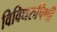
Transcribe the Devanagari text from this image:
विविधरुपिणी